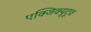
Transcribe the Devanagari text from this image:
एक्जिक्युटूव